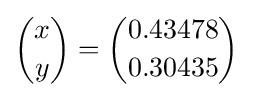
{\binom {x}{y}}={\binom {0.43478}{0.30435}}